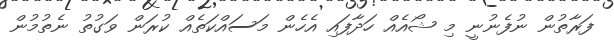
ފަރާތުން ނުފެނުނީ މި ޝޯއެއް ހަދާފައި އެހެން މަސައްކަތެއް ކުރަން ވަގުތު ނެތުމުން